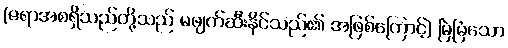
(ဇရာအစရှိသည်တို့သည် မဖျက်ဆီးနိုင်သည်၏ အဖြစ်ကြောင့်] မြဲမြံသော